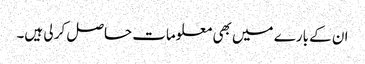
ان کے بارے میں بھی معلومات حاصل کر لی ہیں۔